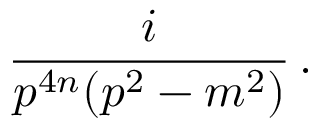
\frac { i } { p ^ { 4 n } ( p ^ { 2 } - m ^ { 2 } ) } \, .